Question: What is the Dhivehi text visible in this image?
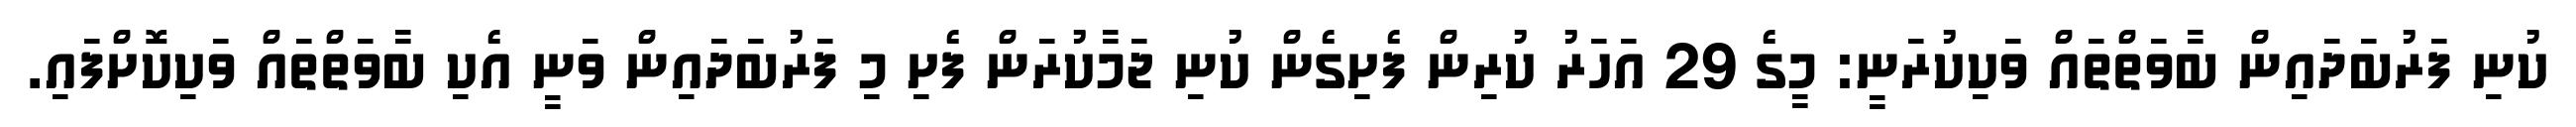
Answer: ކުނި ފަރުބަދައިން ބާވަތްތައް ވަކިކުރަނީ: މީގެ 29 އަހަރު ކުރިން ފެށިގެން ކުނި ޖަމާކުރަން ފެށި މި ފަރުބަދައިން ވަނީ އެކި ބާވަތްތައް ވަކިކޮށްފައި.